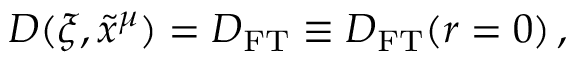
D ( \xi , \tilde { x } ^ { \mu } ) = D _ { \mathrm { F T } } \equiv D _ { \mathrm { F T } } ( r = 0 ) \, ,